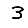
Digit: 3